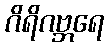
ဂိရိဂဗ္ဘရေ